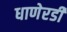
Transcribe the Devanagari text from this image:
धाणेरडी